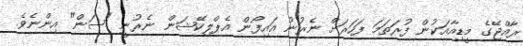
ރާއްޖޭގެ މީޑިއާއަކުން ފުރަތަމަ ފަހަރަށް ނެރުނު އައިފޯން އެޕްލިކޭޝަން ނެރުނީ "ސަން" އިންނެވެ.